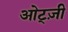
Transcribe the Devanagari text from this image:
ओट्ज़ी